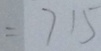
= 7 1 5